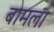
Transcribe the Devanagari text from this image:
बामला